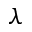
\lambda